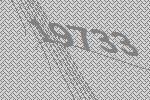
19733